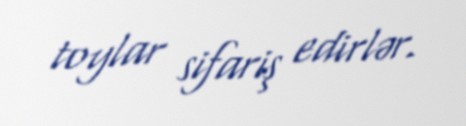
toylar sifariş edirlər.